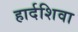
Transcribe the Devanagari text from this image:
हार्दशिवा